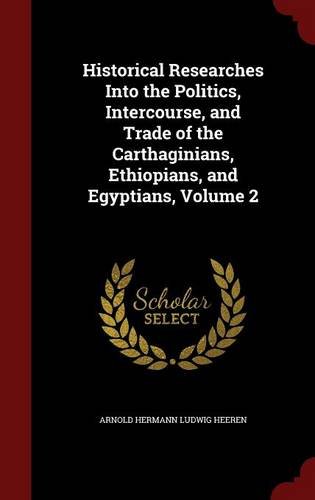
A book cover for Historical Researches Into the Politics, Intercourse, and Trade of the Carthaginians, Ethiopians, and Egyptians, Volume 2; Arnold Hermann Ludwig Heeren; History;